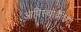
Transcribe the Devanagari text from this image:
आपिस्थोब्रैंकिया